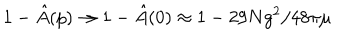
LaTeX: 1 - \hat { A } ( p ) \rightarrow 1 - \hat { A } ( 0 ) \approx 1 - 2 9 N g ^ { 2 } / 4 8 \pi \mu